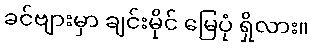
ခင်ဗျားမှာ ချင်းမိုင် မြေပုံ ရှိလား။